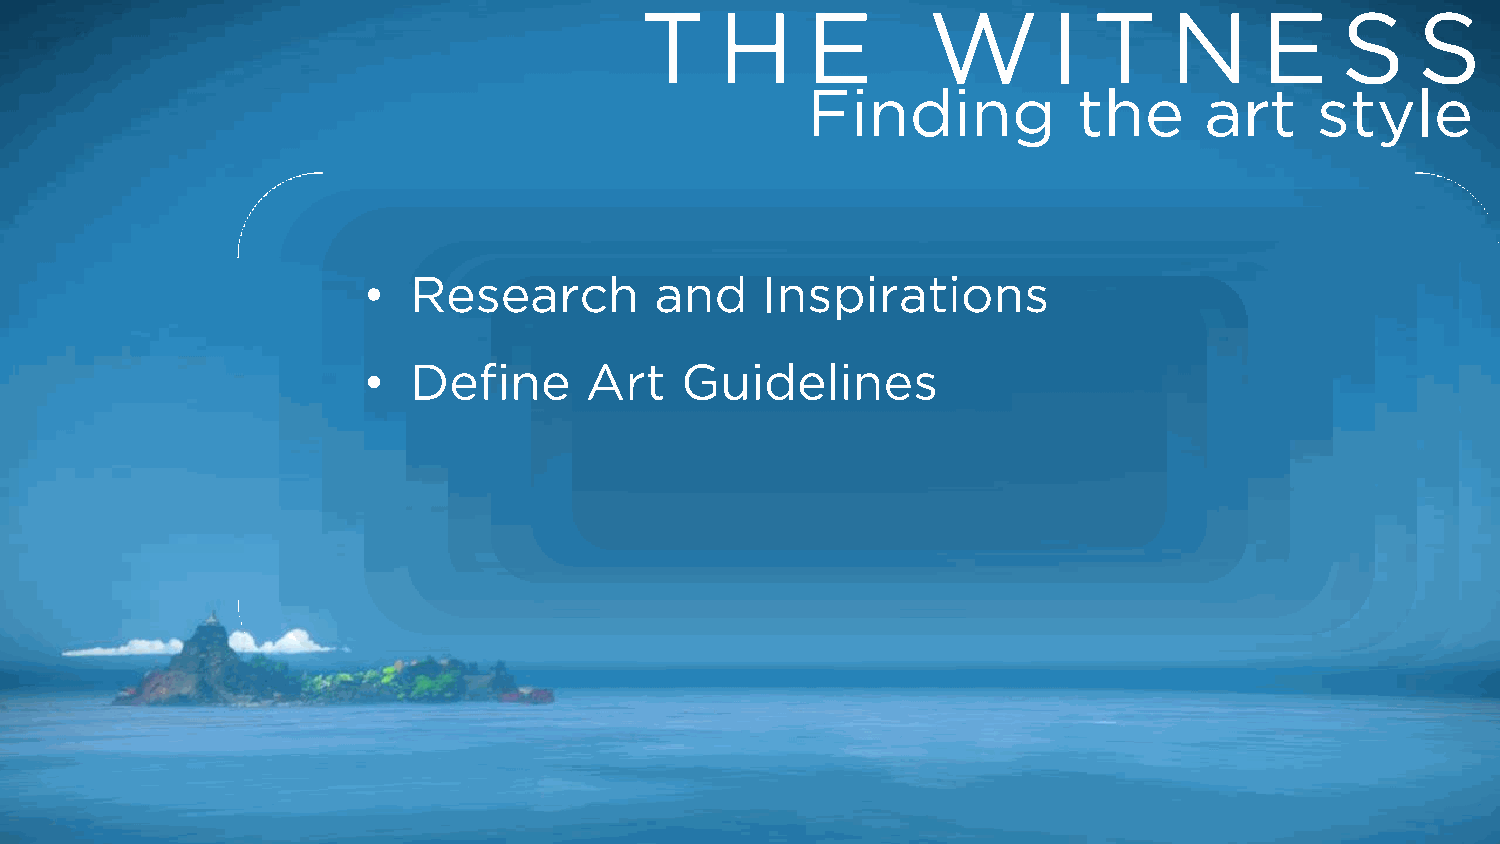
T     H    E       W        I T    N      E    S    S
 Finding           the      art    style
 •  Research        and    Inspirations
 •  Define      Art   Guidelines